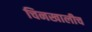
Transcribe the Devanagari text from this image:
चिनखालीच